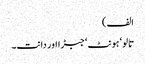
الف)
تالو‘ ہونٹ‘ جبڑا اور دانت۔